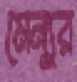
মেন্যুর